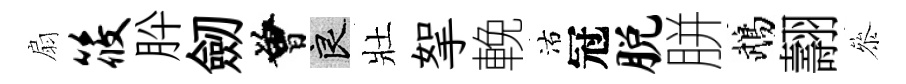
扇筱肸劒曾良壯挐輓沽冠脱胼鵡翿叅